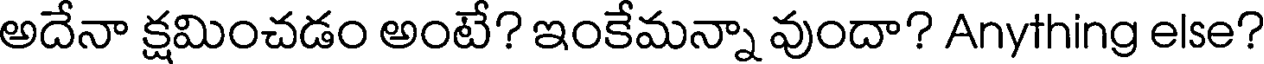
అదేనా క్షమించడం అంటే? ఇంకేమన్నా వుందా? Anything else?